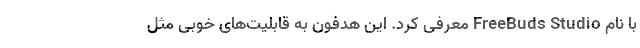
با نام FreeBuds Studio معرفی کرد. این هدفون به قابلیت‌های خوبی مثل